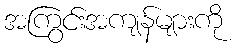
အကြွင်းအကျန်များကို